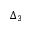
\Delta _ { 3 }